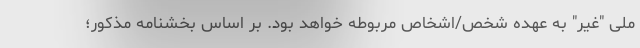
ملی "غیر" به عهده شخص/اشخاص مربوطه خواهد بود. بر اساس بخشنامه مذکور؛